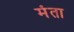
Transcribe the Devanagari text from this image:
मंता